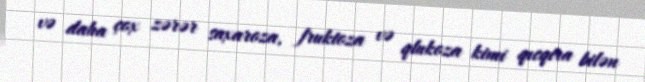
və daha çox zərər saxaroza, fruktoza və qlukoza kimi qıcqıra bilən